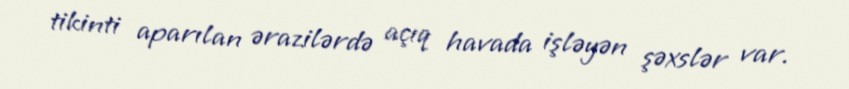
tikinti aparılan ərazilərdə açıq havada işləyən şəxslər var.